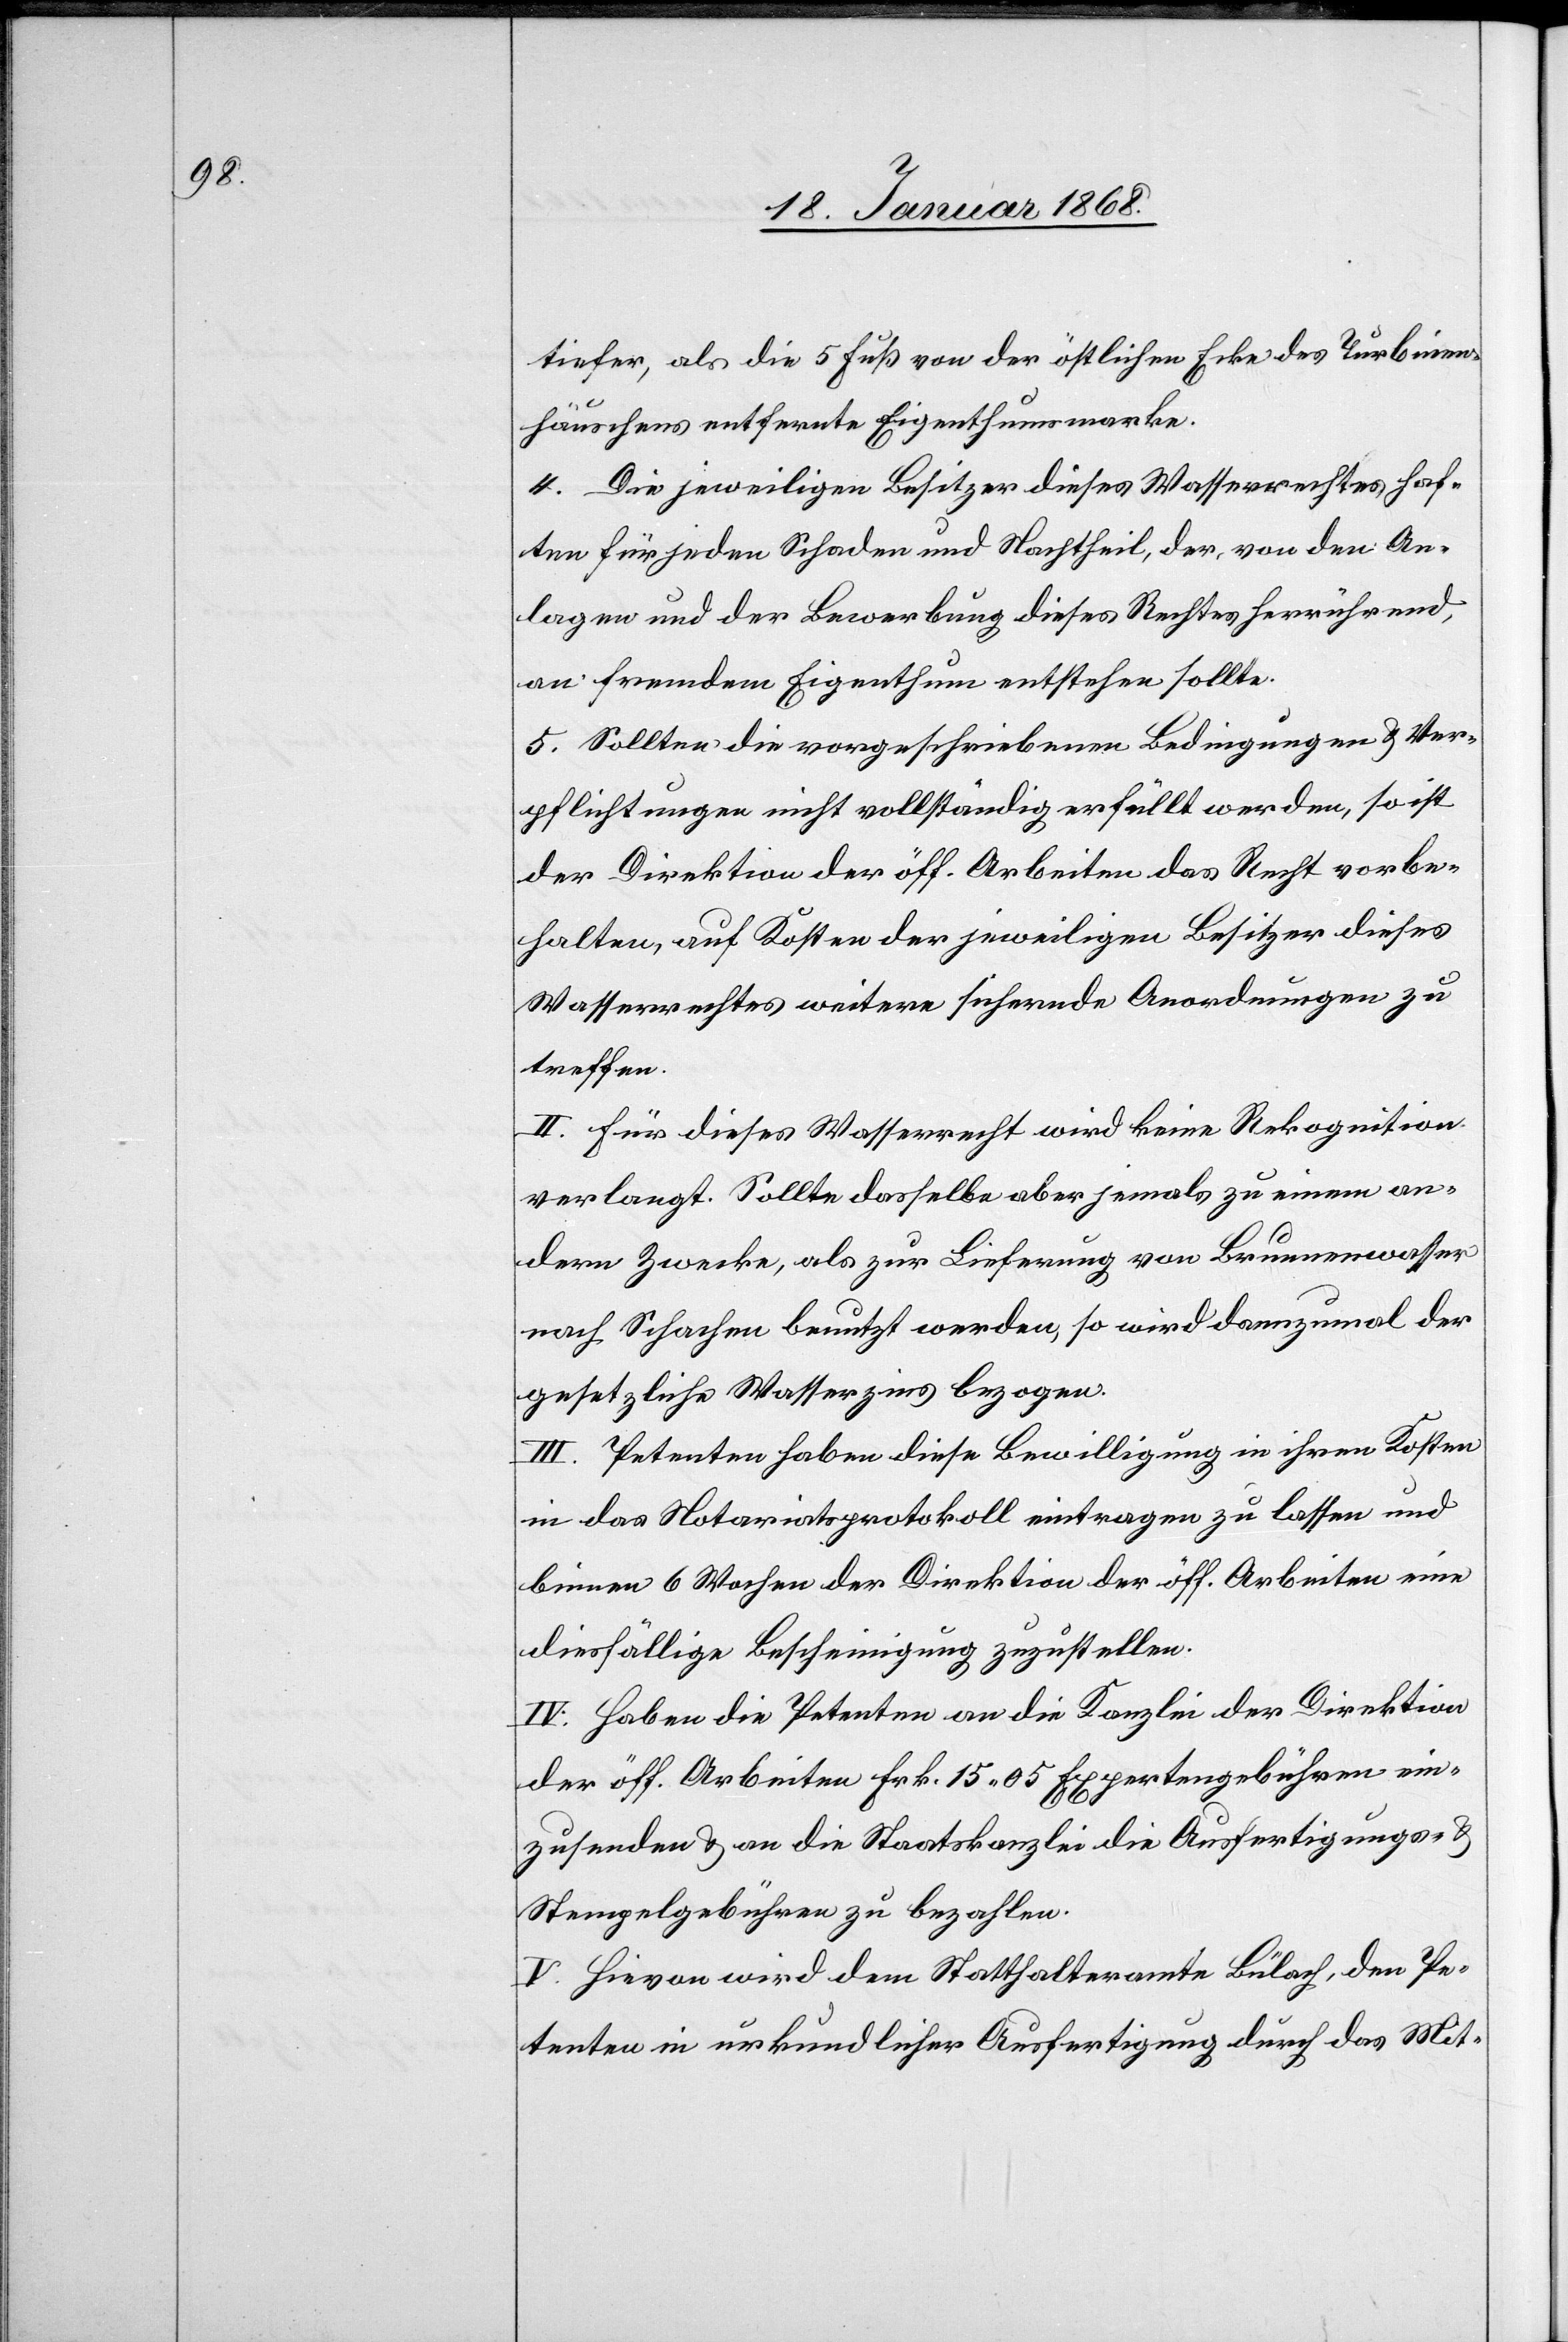
tiefer, als die 5 Fuß von der östlichen Ecke des Turbinen¬
häuschens entfernte Eigenthumsmarke.
4. Die jeweiligen Besitzer dieses Wasserrechtes haf¬
ten für jeden Schaden und Nachtheil, der, von den An¬
lagen und der Bewerbung dieses Rechtes herrührend,
an fremdem Eigenthum entstehen sollte.
5. Sollten die vorgeschriebenen Bedingungen & Ver¬
pflichtungen nicht vollständig erfüllt werden, so ist
der Direktion der öff. Arbeiten das Recht vorbe¬
halten, auf Kosten der jeweiligen Besitzer dieses
Wasserrechtes weitere sichernde Anordnungen zu
treffen.
II. Für dieses Wasserrecht wird keine Rekognition
verlangt. Sollte dasselbe aber jemals zu einem an¬
dern Zwecke, als zur Lieferung von Brunnenwasser
nach Schachen benutzt werden, so wird dannzumal der
gesetzliche Wasserzins bezogen.
III. Petenten haben diese Bewilligung in ihren Kosten
in das Notariatsprotokoll eintragen zu lassen und
binnen 6 Wochen der Direktion der öff. Arbeiten eine
diesfällige Bescheinigung zuzustellen.
IV. Haben die Petenten an die Kanzlei der Direktion
der öff. Arbeiten Frk. 15 05 Expertengebühren ein¬
zusenden & an die Staatskanzlei die Ausfertigungs- &
Stempelgebühren zu bezahlen.
V. Hievon wird dem Statthalteramte Bülach, den Pe¬
tenten in urkundlicher Ausfertigung durch das Mit-